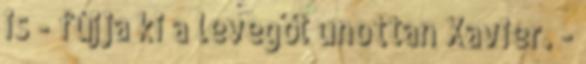
is - fújja ki a levegőt unottan Xavier. -